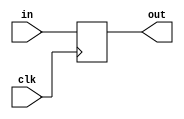

// test_simulation_seq_ff_1_test.v
module f1_test(input in,  input clk, output reg out);
always @(posedge clk)
    out <= in;
endmodule	

// test_simulation_seq_ff_2_test.v
module f2_test(input  in,  input clk,  output reg out);
always @(negedge clk)
   out <= in;
endmodule